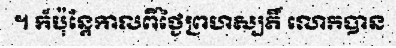
។ ក៏ប៉ុន្តែកាលពីថ្ងៃព្រហស្បតិ៍ លោកបាន